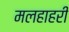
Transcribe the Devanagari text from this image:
मलहाहरी